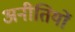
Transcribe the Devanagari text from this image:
अनीतियों